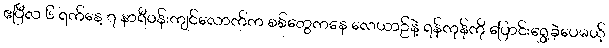
ဧပြီလ ၆ ရက်နေ့ ၇ နာရီဝန်းကျင်လောက်က စစ်တွေကနေ လေယာဉ်နဲ့ ရန်ကုန်ကို ပြောင်းရွှေ့ခဲ့ပေမယ့်